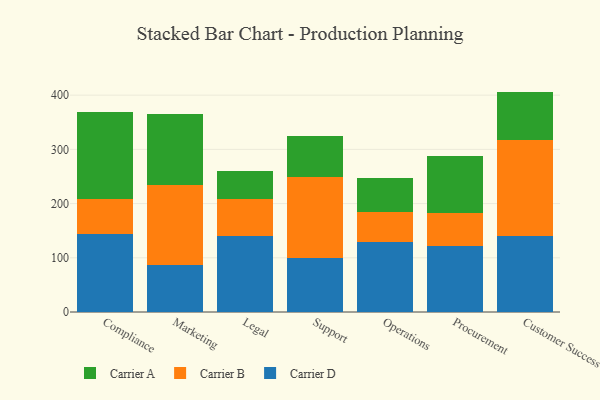
{"axis": {"x": "Department", "y": "Page Views"}, "legend": ["Carrier A", "Carrier B", "Carrier D"], "data": [{"x": "Compliance", "y": 144.6, "type": "Carrier D"}, {"x": "Compliance", "y": 63.2, "type": "Carrier B"}, {"x": "Compliance", "y": 160.3, "type": "Carrier A"}, {"x": "Marketing", "y": 86.6, "type": "Carrier D"}, {"x": "Marketing", "y": 147.9, "type": "Carrier B"}, {"x": "Marketing", "y": 130.2, "type": "Carrier A"}, {"x": "Legal", "y": 140.2, "type": "Carrier D"}, {"x": "Legal", "y": 68.6, "type": "Carrier B"}, {"x": "Legal", "y": 50.6, "type": "Carrier A"}, {"x": "Support", "y": 99.7, "type": "Carrier D"}, {"x": "Support", "y": 149.2, "type": "Carrier B"}, {"x": "Support", "y": 75.5, "type": "Carrier A"}, {"x": "Operations", "y": 129.4, "type": "Carrier D"}, {"x": "Operations", "y": 55.4, "type": "Carrier B"}, {"x": "Operations", "y": 61.5, "type": "Carrier A"}, {"x": "Procurement", "y": 121.8, "type": "Carrier D"}, {"x": "Procurement", "y": 60.9, "type": "Carrier B"}, {"x": "Procurement", "y": 105.6, "type": "Carrier A"}, {"x": "Customer Success", "y": 139.8, "type": "Carrier D"}, {"x": "Customer Success", "y": 178.3, "type": "Carrier B"}, {"x": "Customer Success", "y": 88.5, "type": "Carrier A"}]}